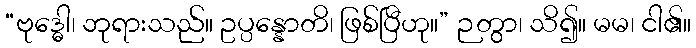
“ဗုဒ္ဓေါ၊ ဘုရားသည်။ ဥပ္ပန္နောတိ၊ ဖြစ်ပြီဟု။” ဉတွာ၊ သိ၍။ မမ၊ ငါ၏။